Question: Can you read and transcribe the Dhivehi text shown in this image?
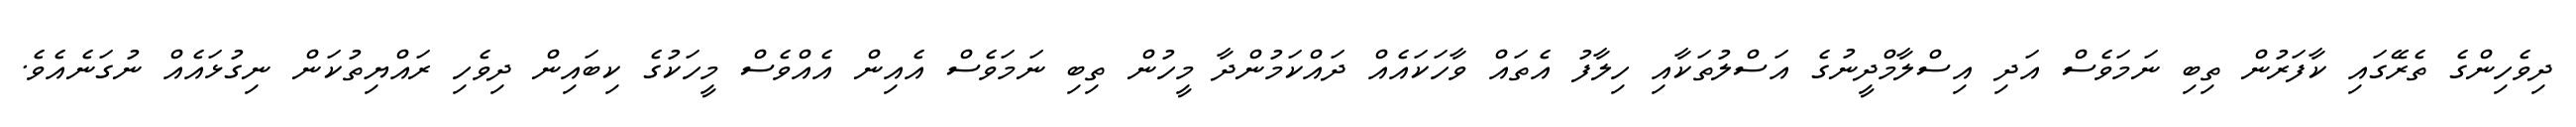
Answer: ދިވެހިންގެ ތެރޭގައި ކާފަރުން ތިބި ނަމަވެސް އަދި އިސްލާމްދީނުގެ އަސްލުތަކާއި ހިލާފު އެތައް ވާހަކައެއް ދައްކަމުންދާ މީހުން ތިބި ނަމަވެސް އެއިން އެއްވެސް މީހަކުގެ ކިބައިން ދިވެހި ރައްޔިތުކަން ނިގުޅައެއް ނުގަނެއެވެ.